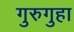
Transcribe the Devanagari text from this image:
गुरुगुहा